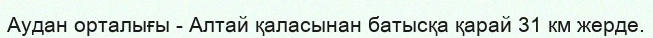
Аудан орталығы - Алтай қаласынан батысқа қарай 31 км жерде.